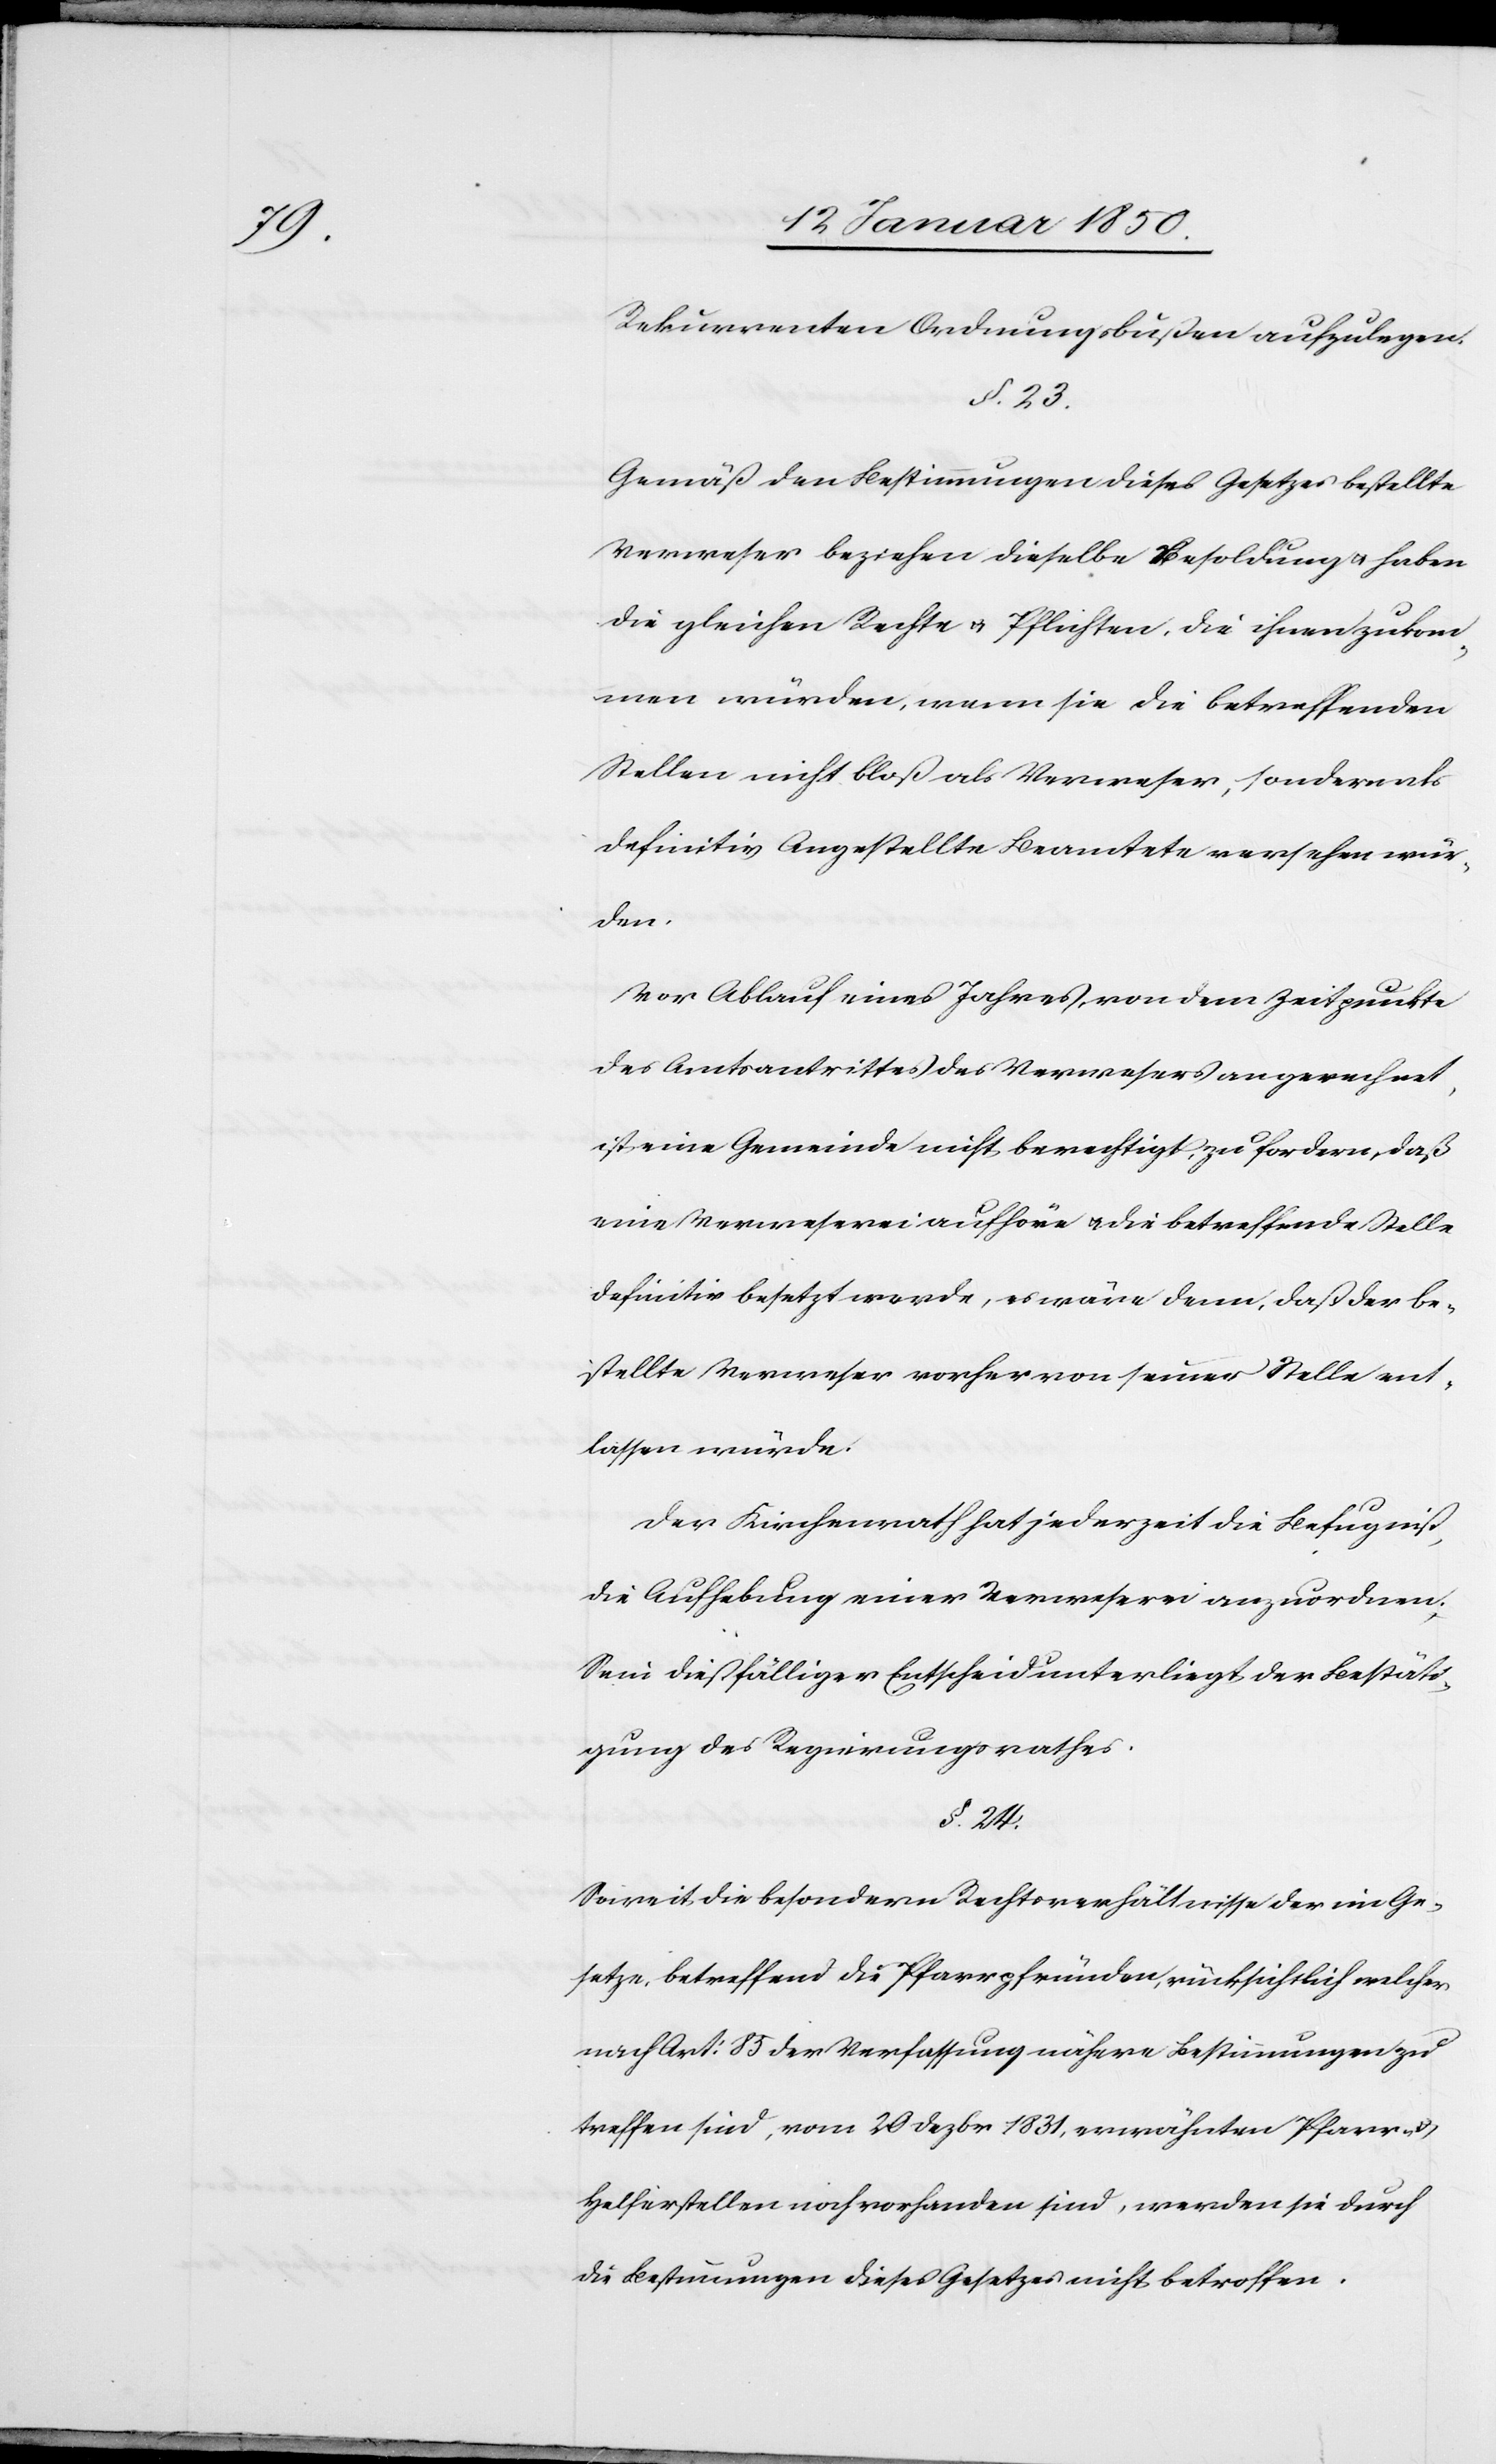
Rekurrenten Ordnungsbußen aufzulegen.
§. 23.
Gemäß den Bestimmungen dieses Gesetzes bestellte
Verweser beziehen dieselbe Besoldung u. haben
die gleichen Rechte u. Pflichten, die ihnen zukom¬
men würden, wenn sie die betreffenden
Stellen nicht bloß als Verweser, sondern als
definitiv Angestellte Beamtete versehen wür¬
den.
Vor Ablauf eines Jahres, von dem Zeitpunkte
des Amtsantrittes des Verwesers an gerechnet,
ist eine Gemeinde nicht berechtigt, zu fordern, daß
eine Verweserei aufhöre u. die betreffende Stelle
definitiv besetzt werde, es wäre denn, daß der be¬
stellte Verweser vorher von seiner Stelle ent¬
lassen würde.
Der Kirchenrath hat jederzeit die Befugniß,
die Aufhebung einer Verweserei anzuordnen.
Sein dießfälliger Entscheid unterliegt der Bestäti¬
gung des Regierungsrathes.
§. 24.
Soweit die besondern Rechtsverhältnisse der im Ge¬
setze, betreffend die Pfarrpfründen, rücksichtlich welcher
nach Art: 85 der Verfassung nähere Bestimmungen zu
treffen sind, vom 20 Dezbr 1831, erwähnten Pfarr- u.
Helferstellen noch vorhanden sind, werden sie durch
die Bestimmungen dieses Gesetzes nicht betroffen.